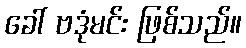
ခေါ် ဗဒုံမင်း ဖြစ်သည်။